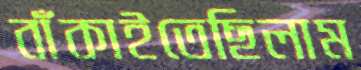
বাঁকাইতেছিলাম